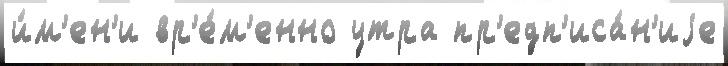
и́м'ен'и вр'е́м'енно утра пр'едп'иса́н'иjе